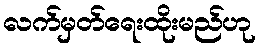
လက်မှတ်ရေးထိုးမည်ဟု